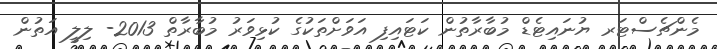
މެންޗެސްޓަރ ޔުނައިޓެޑް މުބާރާތުން ކަޓައިފި އަވަށްތަކުގެ ކުޅިވަރު މުބާރާތް 2013- ލިލީ އަތުން